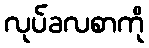
လုပ်ခလစာကို